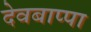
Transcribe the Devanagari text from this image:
देवबाप्पा